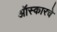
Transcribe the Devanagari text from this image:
ऑस्कारचे